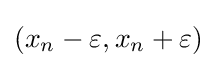
(x_{n}-\varepsilon ,x_{n}+\varepsilon )